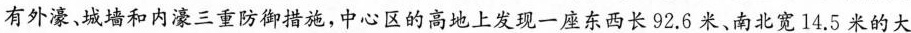
有外濠、城墙和内濠三重防御措施，中心区的高地上发现一座东西长92.6米、南北宽14.5米的大